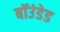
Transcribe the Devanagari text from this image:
बॉउंडेड